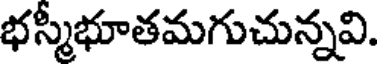
భస్మీభూతమగుచున్నవి.